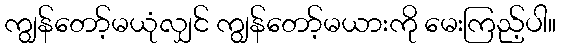
ကျွန်တော့်မယုံလျှင် ကျွန်တော့်မယားကို မေးကြည့်ပါ။